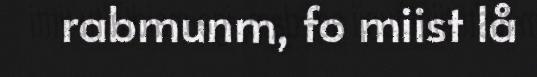
rabmunm, fo miist lå